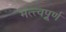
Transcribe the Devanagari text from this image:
मत्त्वपूर्र्ण